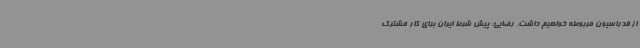
از فدراسیون مربوطه خواهیم داشت. رضایی: پیش شرط ایران برای کار مشترک